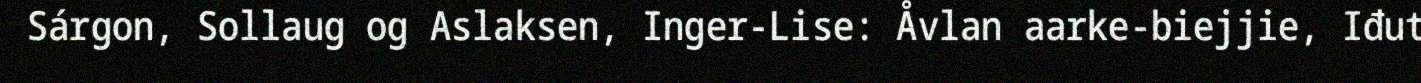
Sárgon, Sollaug og Aslaksen, Inger-Lise: Åvlan aarke-biejjie, Iđut